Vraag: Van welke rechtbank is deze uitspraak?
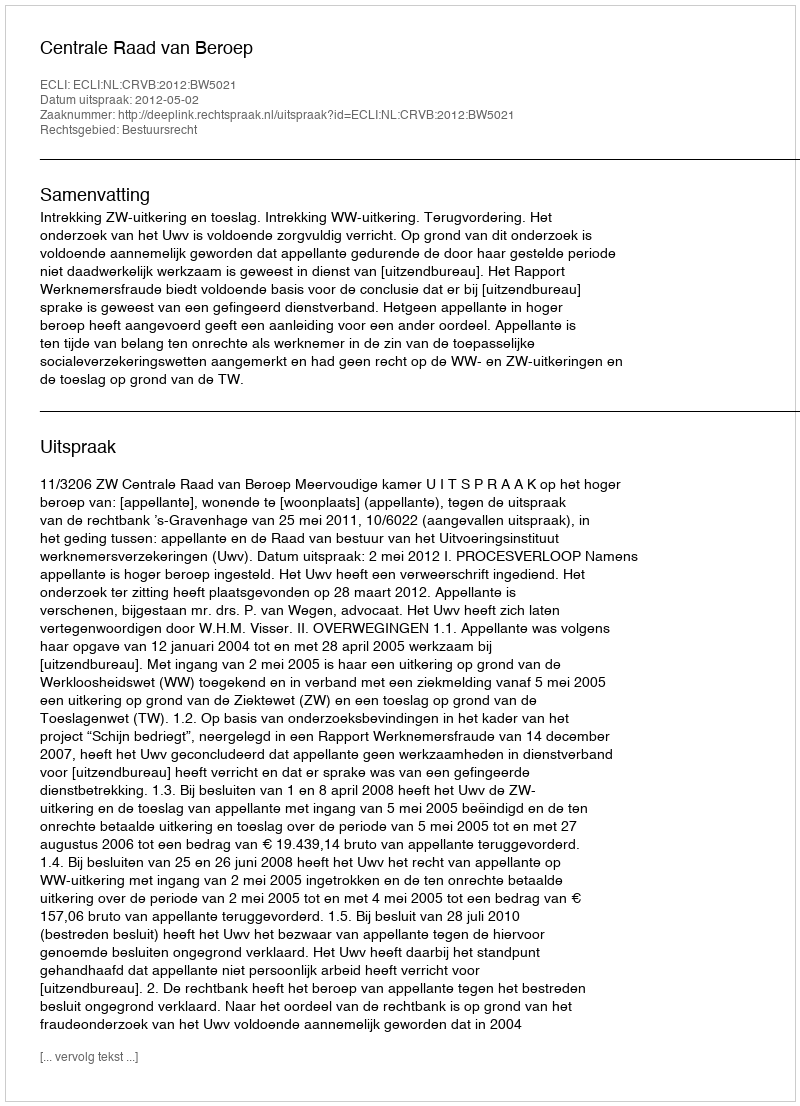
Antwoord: Centrale Raad van Beroep